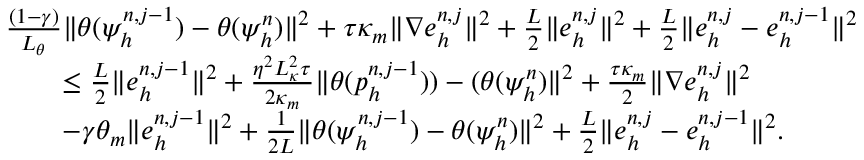
\begin{array} { r l } & { \frac { ( 1 - \gamma ) } { L _ { \theta } } \| \theta ( \psi _ { h } ^ { n , j - 1 } ) - \theta ( \psi _ { h } ^ { n } ) \| ^ { 2 } + \tau \kappa _ { m } \| \nabla e _ { h } ^ { n , j } \| ^ { 2 } + \frac { L } { 2 } \| e _ { h } ^ { n , j } \| ^ { 2 } + \frac { L } { 2 } \| e _ { h } ^ { n , j } - e _ { h } ^ { n , j - 1 } \| ^ { 2 } } \\ & { \quad \quad \leq \frac { L } { 2 } \| e _ { h } ^ { n , j - 1 } \| ^ { 2 } + \frac { \eta ^ { 2 } L _ { \kappa } ^ { 2 } \tau } { 2 \kappa _ { m } } \| \theta ( p _ { h } ^ { n , j - 1 } ) ) - ( \theta ( \psi _ { h } ^ { n } ) \| ^ { 2 } + \frac { \tau \kappa _ { m } } { 2 } \| \nabla e _ { h } ^ { n , j } \| ^ { 2 } } \\ & { \quad \quad - \gamma \theta _ { m } \| e _ { h } ^ { n , j - 1 } \| ^ { 2 } + \frac { 1 } { 2 L } \| \theta ( \psi _ { h } ^ { n , j - 1 } ) - \theta ( \psi _ { h } ^ { n } ) \| ^ { 2 } + \frac { L } { 2 } \| e _ { h } ^ { n , j } - e _ { h } ^ { n , j - 1 } \| ^ { 2 } . } \end{array}